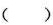
()